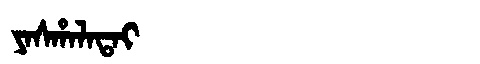
Manchu: ᠶᠠᠰᡥᠠᠯᠠᡨᠠᡳ
Romanization: YASHALATAI